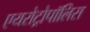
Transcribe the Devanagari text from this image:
एयरोट्रोपॉलिस